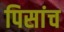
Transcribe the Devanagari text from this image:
पिसांच